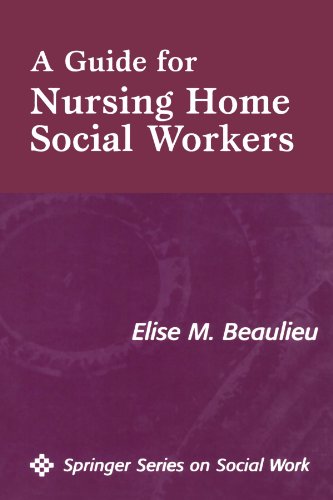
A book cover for A Guide for Nursing Home Social Workers; Elise Beaulieu PhD  MSW  LICSW; Medical Books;